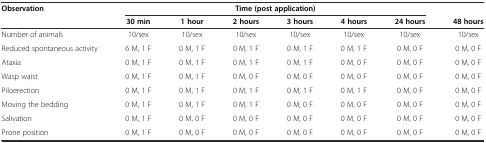
<table><thead><tr><td rowspan="2"><b>Observation</b></td><td colspan="6"><b>Time (post application)</b></td><td></td></tr><tr><td><b>30 min</b></td><td><b>1 hour</b></td><td><b>2 hours</b></td><td><b>3 hours</b></td><td><b>4 hours</b></td><td><b>24 hours</b></td><td><b>48 hours</b></td></tr></thead><tbody><tr><td>Number of animals</td><td>10/sex</td><td>10/sex</td><td>10/sex</td><td>10/sex</td><td>10/sex</td><td>10/sex</td><td>10/sex</td></tr><tr><td>Reduced spontaneous activity</td><td>6 M, 1 F</td><td>0 M, 1 F</td><td>0 M, 1 F</td><td>0 M, 1 F</td><td>0 M, 1 F</td><td>0 M, 0 F</td><td>0 M, 0 F</td></tr><tr><td>Ataxia</td><td>0 M, 1 F</td><td>0 M, 1 F</td><td>0 M, 1 F</td><td>0 M, 1 F</td><td>0 M, 0 F</td><td>0 M, 0 F</td><td>0 M, 0 F</td></tr><tr><td>Wasp waist</td><td>0 M, 1 F</td><td>0 M, 1 F</td><td>0 M, 0 F</td><td>0 M, 0 F</td><td>0 M, 0 F</td><td>0 M, 0 F</td><td>0 M, 0 F</td></tr><tr><td>Piloerection</td><td>0 M, 1 F</td><td>0 M, 1 F</td><td>0 M, 1 F</td><td>0 M, 1 F</td><td>0 M, 1 F</td><td>0 M, 0 F</td><td>0 M, 0 F</td></tr><tr><td>Moving the bedding</td><td>0 M, 1 F</td><td>0 M, 1 F</td><td>0 M, 1 F</td><td>0 M, 0 F</td><td>0 M, 0 F</td><td>0 M, 0 F</td><td>0 M, 0 F</td></tr><tr><td>Salivation</td><td>0 M, 1 F</td><td>0 M, 0 F</td><td>0 M, 0 F</td><td>0 M, 0 F</td><td>0 M, 0 F</td><td>0 M, 0 F</td><td>0 M, 0 F</td></tr><tr><td>Prone position</td><td>0 M, 1 F</td><td>0 M, 0 F</td><td>0 M, 0 F</td><td>0 M, 0 F</td><td>0 M, 0 F</td><td>0 M, 0 F</td><td>0 M, 0 F</td></tr></tbody></table>